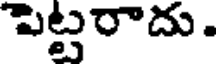
పెట్టరాదు.